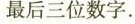
最后三位数字。